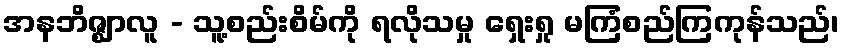
အနဘိဇ္ဈာလူ - သူ့စည်းစိမ်ကို ရလိုသမှု ရှေးရှု မကြံစည်ကြကုန်သည်၊